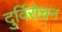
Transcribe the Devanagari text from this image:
दुर्विरोचन